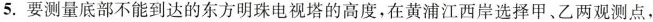
5.要测量底部不能到达的东方明珠电视塔的高度，在黄浦江西岸选择甲、乙两观测点，